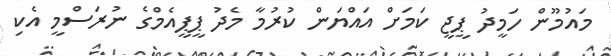
މައުމޫން ހަމީދު ޕީޖީ ކަމަށް އައްޔަން ކުރުމާ މެދު ޕީޕީއެމްގެ ނުރަސްމީ އެކި